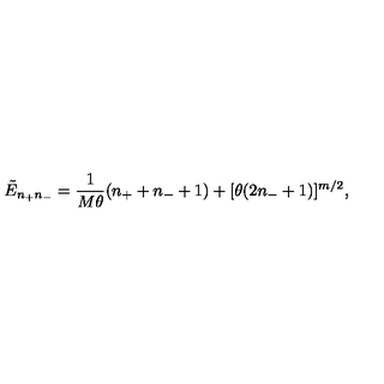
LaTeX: \tilde { E } _ { n _ { + } n _ { - } } = \frac { 1 } { M \theta } ( n _ { + } + n _ { - } + 1 ) + [ \theta ( 2 n _ { - } + 1 ) ] ^ { m / 2 } ,